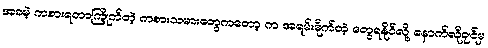
အခမဲ့ ကစားရတာကြိုက်တဲ့ ကစားသမားတွေကတော့ က အရမ်းမိုက်တဲ့ တွေရနိုင်လို့ နောက်လိုချင်မှ